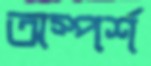
অস্পর্শ